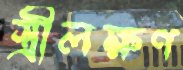
স্ত্রীলক্ষণ